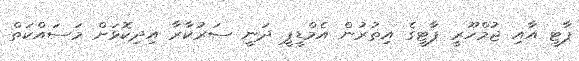
ޕާޓީ އާއި ޖުމްހޫރީ ޕާޓީގެ އިތުރުން އެމްޑީޕީ ދަނީ ސަރުކާރާ އިދިކޮޅަށް މަސައްކަތް